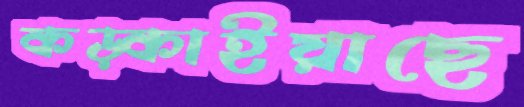
কড়্‌কাইয়াছে